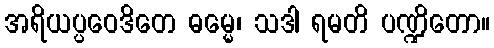
အရိယပ္ပဝေဒိတေ ဓမ္မေ၊ သဒါ ရမတိ ပဏ္ဍိတော။